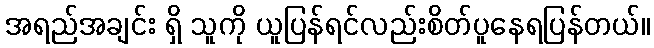
အရည်အချင်း ရှိ သူကို ယူပြန်ရင်လည်းစိတ်ပူနေရပြန်တယ်။